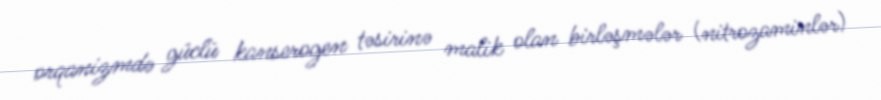
orqanizmdə güclü kanserogen təsirinə malik olan birləşmələr (nitrozaminlər)